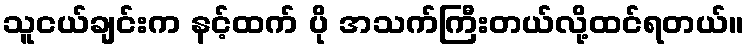
သူငယ်ချင်းက နင့်ထက် ပို အသက်ကြီးတယ်လို့ထင်ရတယ်။